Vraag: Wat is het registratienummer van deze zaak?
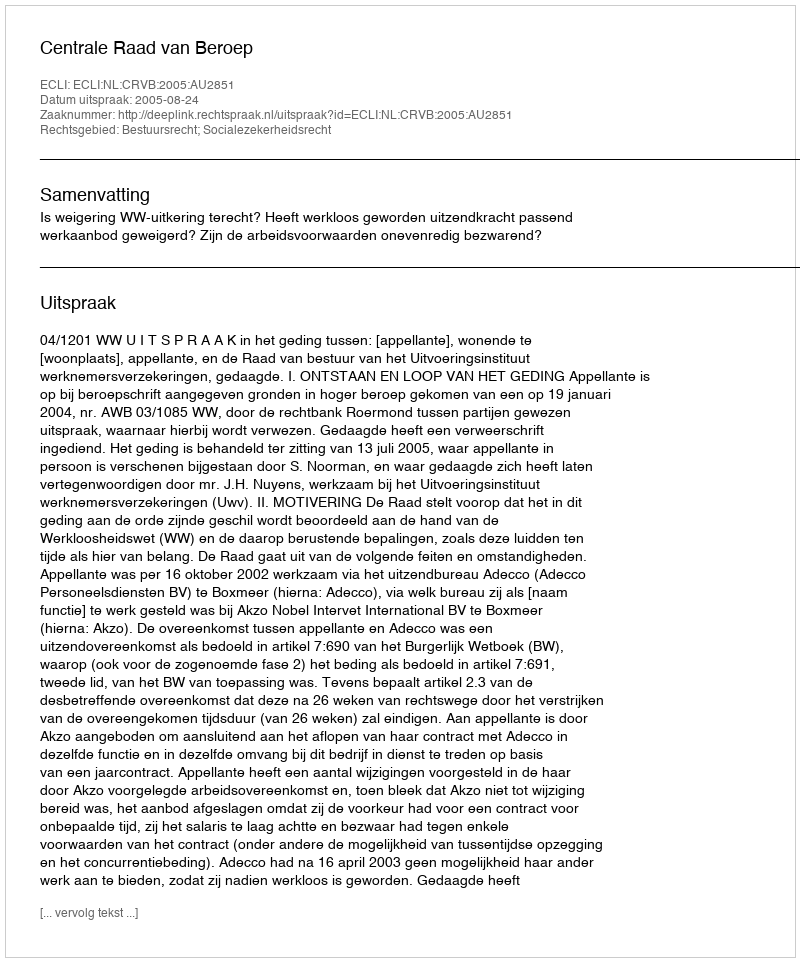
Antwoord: http://deeplink.rechtspraak.nl/uitspraak?id=ECLI:NL:CRVB:2005:AU2851